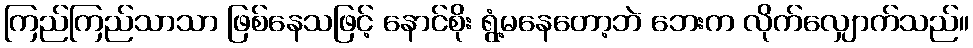
ကြည်ကြည်သာသာ ဖြစ်နေသဖြင့် နောင်စိုး ရွံ့မနေတော့ဘဲ ဘေးက လိုက်လျှောက်သည်။